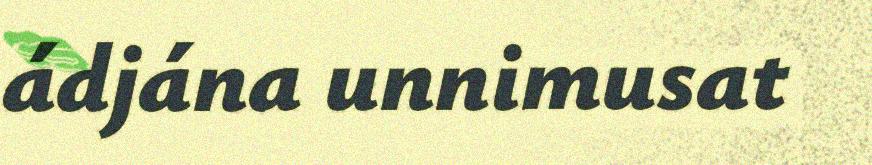
ádjána unnimusat